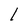
Character: l